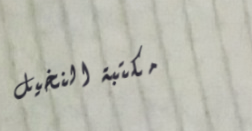
مكتبة النخيل